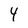
Character: 4